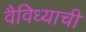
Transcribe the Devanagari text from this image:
वैविध्याची